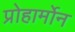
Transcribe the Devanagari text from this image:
प्रोहार्मोन